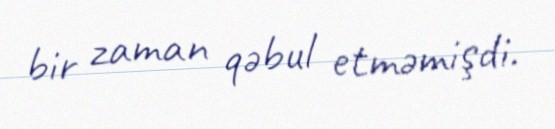
bir zaman qəbul etməmişdi.